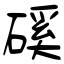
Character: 磎